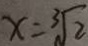
x = \sqrt [ 3 ] { 2 }